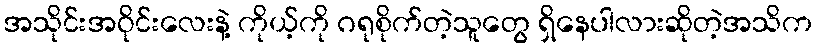
အသိုင်းအဝိုင်းလေးနဲ့ ကိုယ့်ကို ဂရုစိုက်တဲ့သူတွေ ရှိနေပါလားဆိုတဲ့အသိက